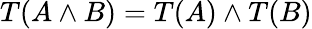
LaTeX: T(A\land B)=T(A)\land T(B)